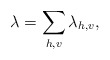
\begin{align*}\lambda = \sum_{h,v} \lambda_{h,v} ,\end{align*}